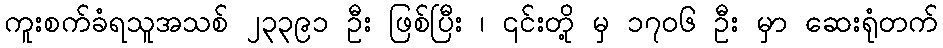
ကူးစက်ခံရသူအသစ် ၂၃၃၉၁ ဦး ဖြစ်ပြီး ၊ ၎င်းတို့ မှ ၁၇၀၆ ဦး မှာ ဆေးရုံတက်